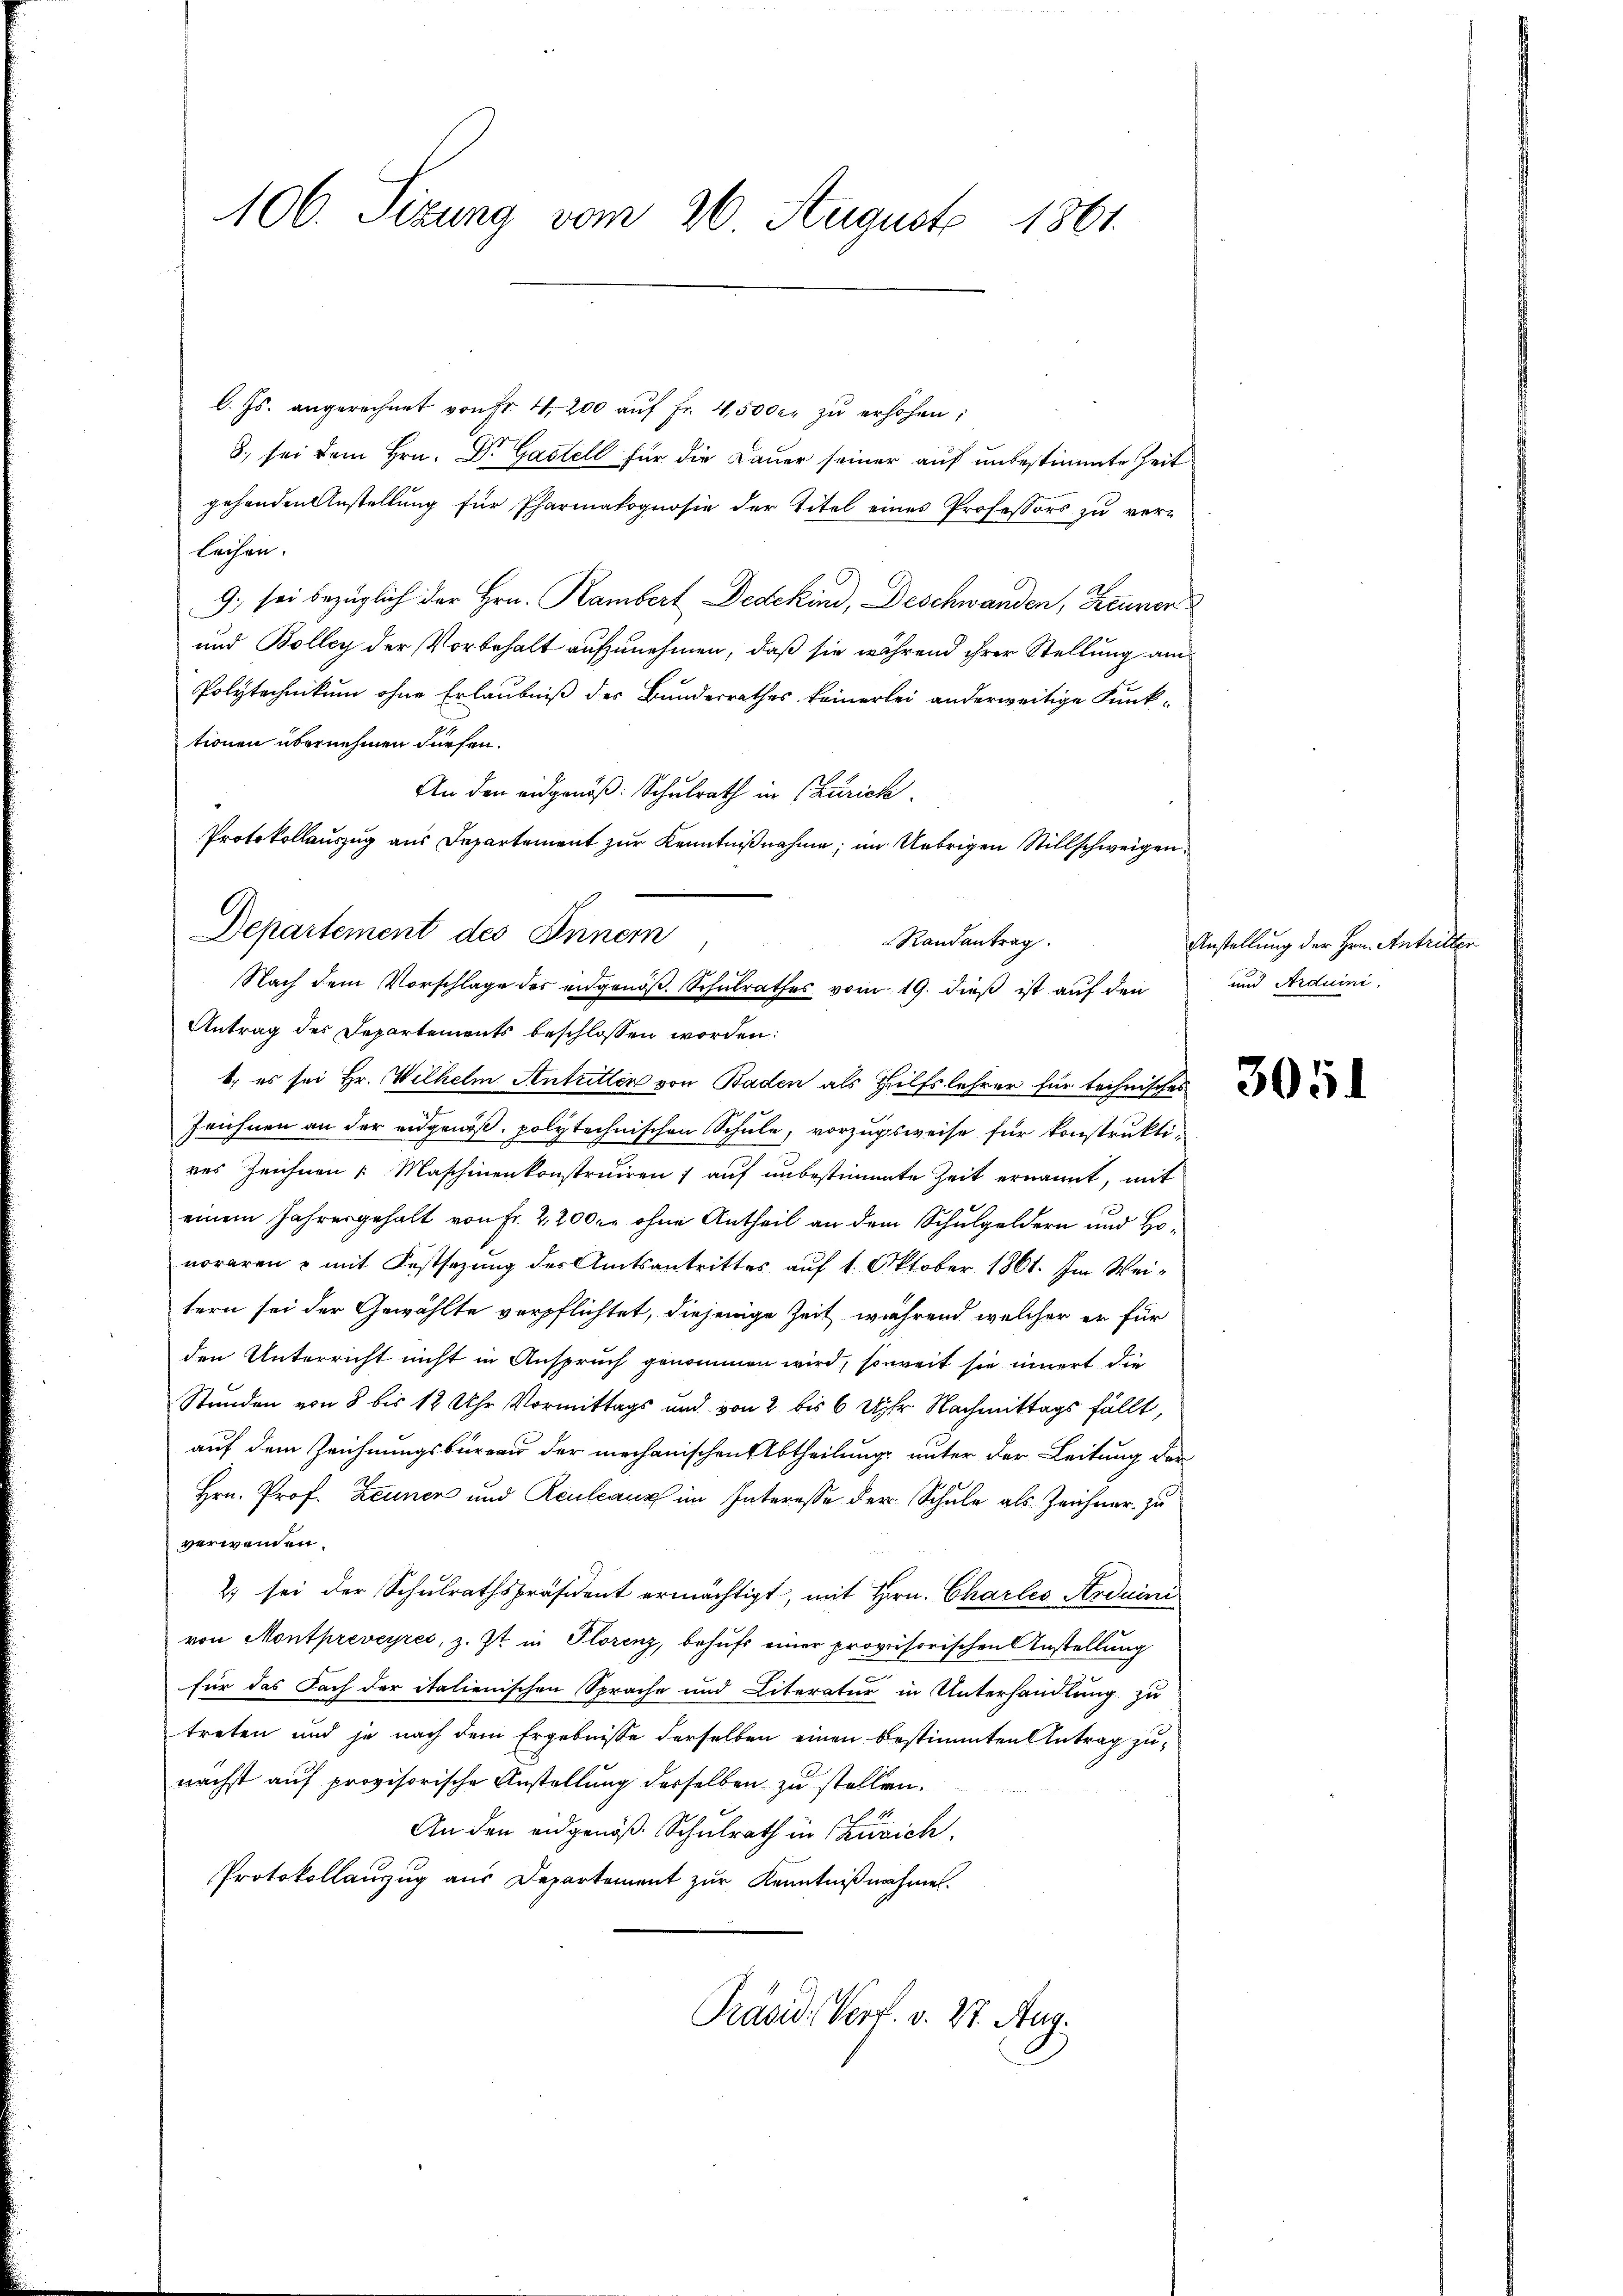
106. Sizung vom 26. August 1861.

l. Js. angerechnet von Fr. 4. 200 aŭf Fr. 45000. zŭ erhöhen;
8. sei dem Hrn. Dr Gastell für die Dauer seiner auf unbestimmte Zeit
gehenden Anstellung für Pharmakognosie der Titel eines Professors zu verleihen.
9.) sei bezüglich der Hrn. Rambert Dedekind, Deschwanden, Zeuner
und Bolley der Vorbehalt aufzunehmen, daß sie während ihrer Stellung am
Polytechnikum ohne Erlaubniß des Bundesrathes keinerlei anderweitige Funk-
tionen übernehmen dürfen.
An den eidgenöß: Schulrath in Zürich.
Protokollauszug aus Departement zur Kenntnißnahme; im Uebrigen Stillschweigen
b, es sei Hr. Wilhelm Antritten von Baden als Hülfslehrer für technisches
Zeichnen an der engenoß, polytechnischen Schule, vorzugsweise für konstruktires Zeichnen Maschinenkonstruiren; auf unbestimmte Zeit ernannt, mit
einem Jahresgehalt von Fr. 2200 r ohne Antheil an dem Schulgeldern und Honoraren & mit Festsezung des Amtsantrittes auf 1. Oktober 1861. Im Weitern sei der Gewählte verpflichtet, diejenige Zeit während welcher er für
den Unterricht nicht in Anspruch genommen wird, soweit sie innert die
Stunden von 8 bis 12 Uhr Vormittags und von 2 bis 6 Uhr Nachmittags fällt,
auf dem Zeichnungsbureau der mechanischen Abtheilung unter der Leitung der
Hrn. Prof. Zeuner und Reulcanz im Interesse der Schule als Zeichner zu
verwenden.
2) sei der Schulrathspräsident ermächtigt, mit Hrn. Charles Ardaini
von Montpreveyreć, z. Zt. in Florenz, behufs einer provisorischen Anstellung
für das Fach der italienischen Sprache und Literatur in Unterhandlung zu
treten und je nach dem Ergebnisse derselben einen bestimmten Antrag zunächst auf provisorische Anstellung derselben zu stellen.
An den eidgenöß Schulrath in Zürich.
Protokollauszug aus Departement zur Kenntnißnahme.
Präsid. Verf. v. 27. Aug.

Departement des Innern
Randantrag
e
Nach dem Vorschlage des eidgenöß. Schulrathes vom 19. dieß ist auf den
Antrag des Departements beschlossen worden:

Anstellung der Hrn. Antritter
und Arduini.

3051